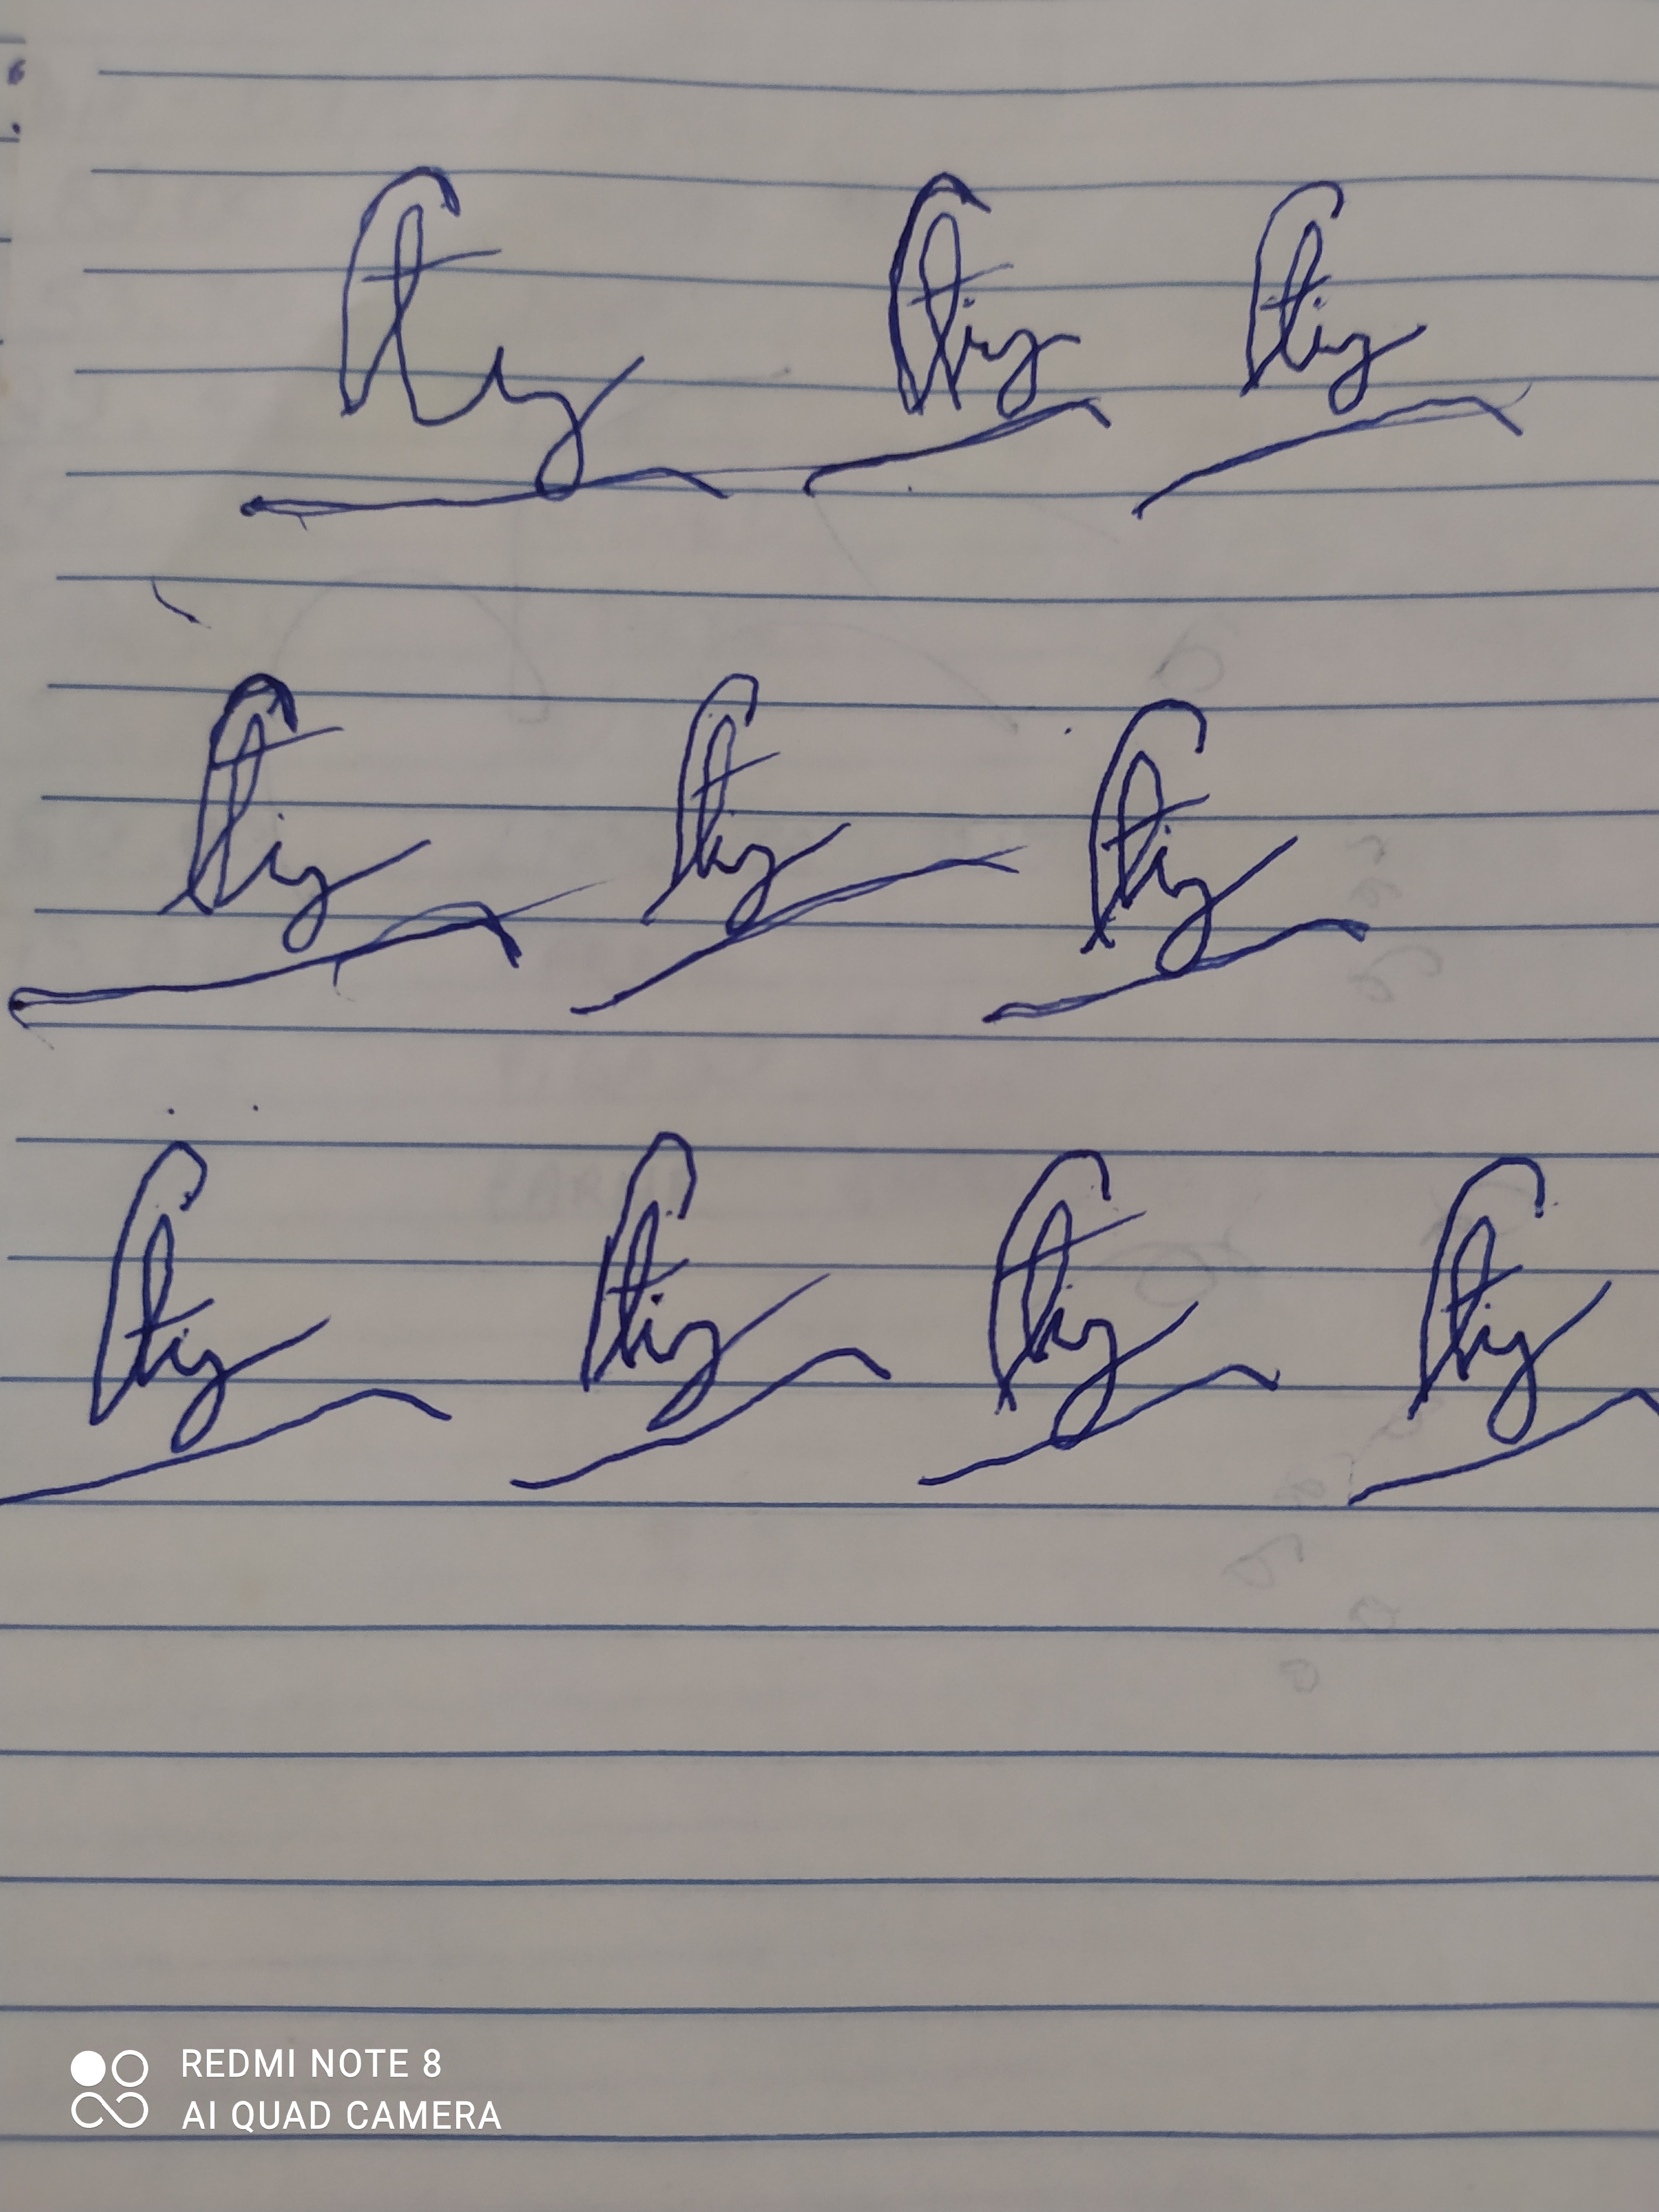
Signature authenticity: forged